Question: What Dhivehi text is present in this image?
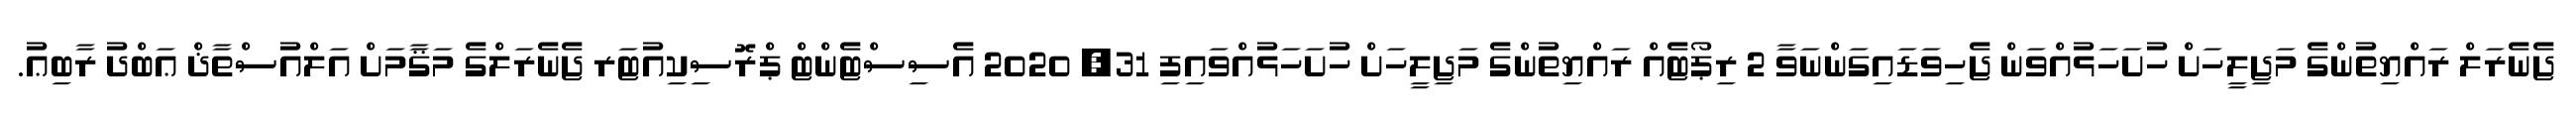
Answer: ޖެނެރަލް ރައްޔިތުންގެ މަޖިލީހަށް ހުށަހަޅުއްވަން ޖެހިވަޑައިގަންނަވާ 2 ރިޕޯޓެއް ރައްޔިތުންގެ މަޖިލީހަށް ހުށަހަޅުއްވައިފި 31, 2020 އެސިސްޓެންޓް ޕްރޮސިކިއުޓަރ ޖެނެރަލްގެ މަޤާމަށް އަލްއުސްތާޛް ޢަބްދު ރާބިޢު.